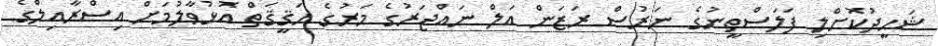
ޝަހީދުކޮށްލި ފަލަސްތީނުގެ ނަރުސް ރަޒަން އަލް ނައްޖަރުގެ މަރުގެ ހަޤީޤަތް އޮޅުވާލުމަށް އިސްރާއިލްގެ